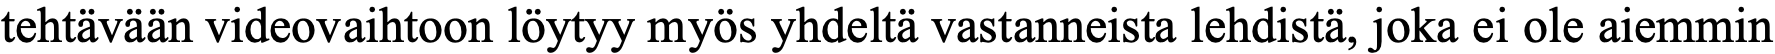
tehtävään videovaihtoon löytyy myös yhdeltä vastanneista lehdistä, joka ei ole aiemmin